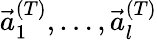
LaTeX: \vec{a}_{1}^{(T)},\dots,\vec{a}_{l}^{(T)}